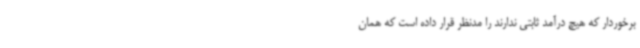
برخوردار که هیچ درآمد ثابتی ندارند را مدنظر قرار داده است که همان